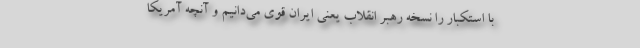
با استکبار را نسخه رهبر انقلاب یعنی ایران قوی می‌دانیم و آنچه آمریکا